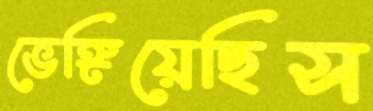
ভেঙ্গিয়েছিস